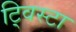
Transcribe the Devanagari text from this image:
ट्विस्टा